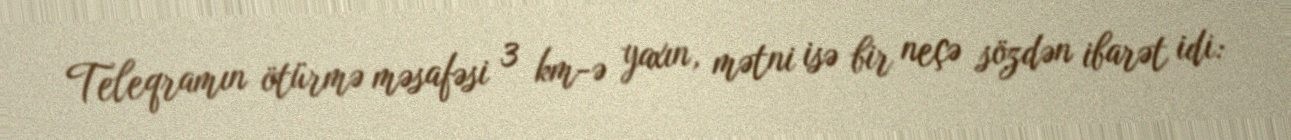
Teleqramın ötürmə məsafəsi 3 km-ə yaxın, mətni isə bir neçə sözdən ibarət idi: